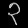
Digit: ၃